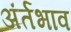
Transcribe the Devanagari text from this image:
अंर्तभाव